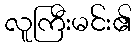
လူကြီးမင်း၏